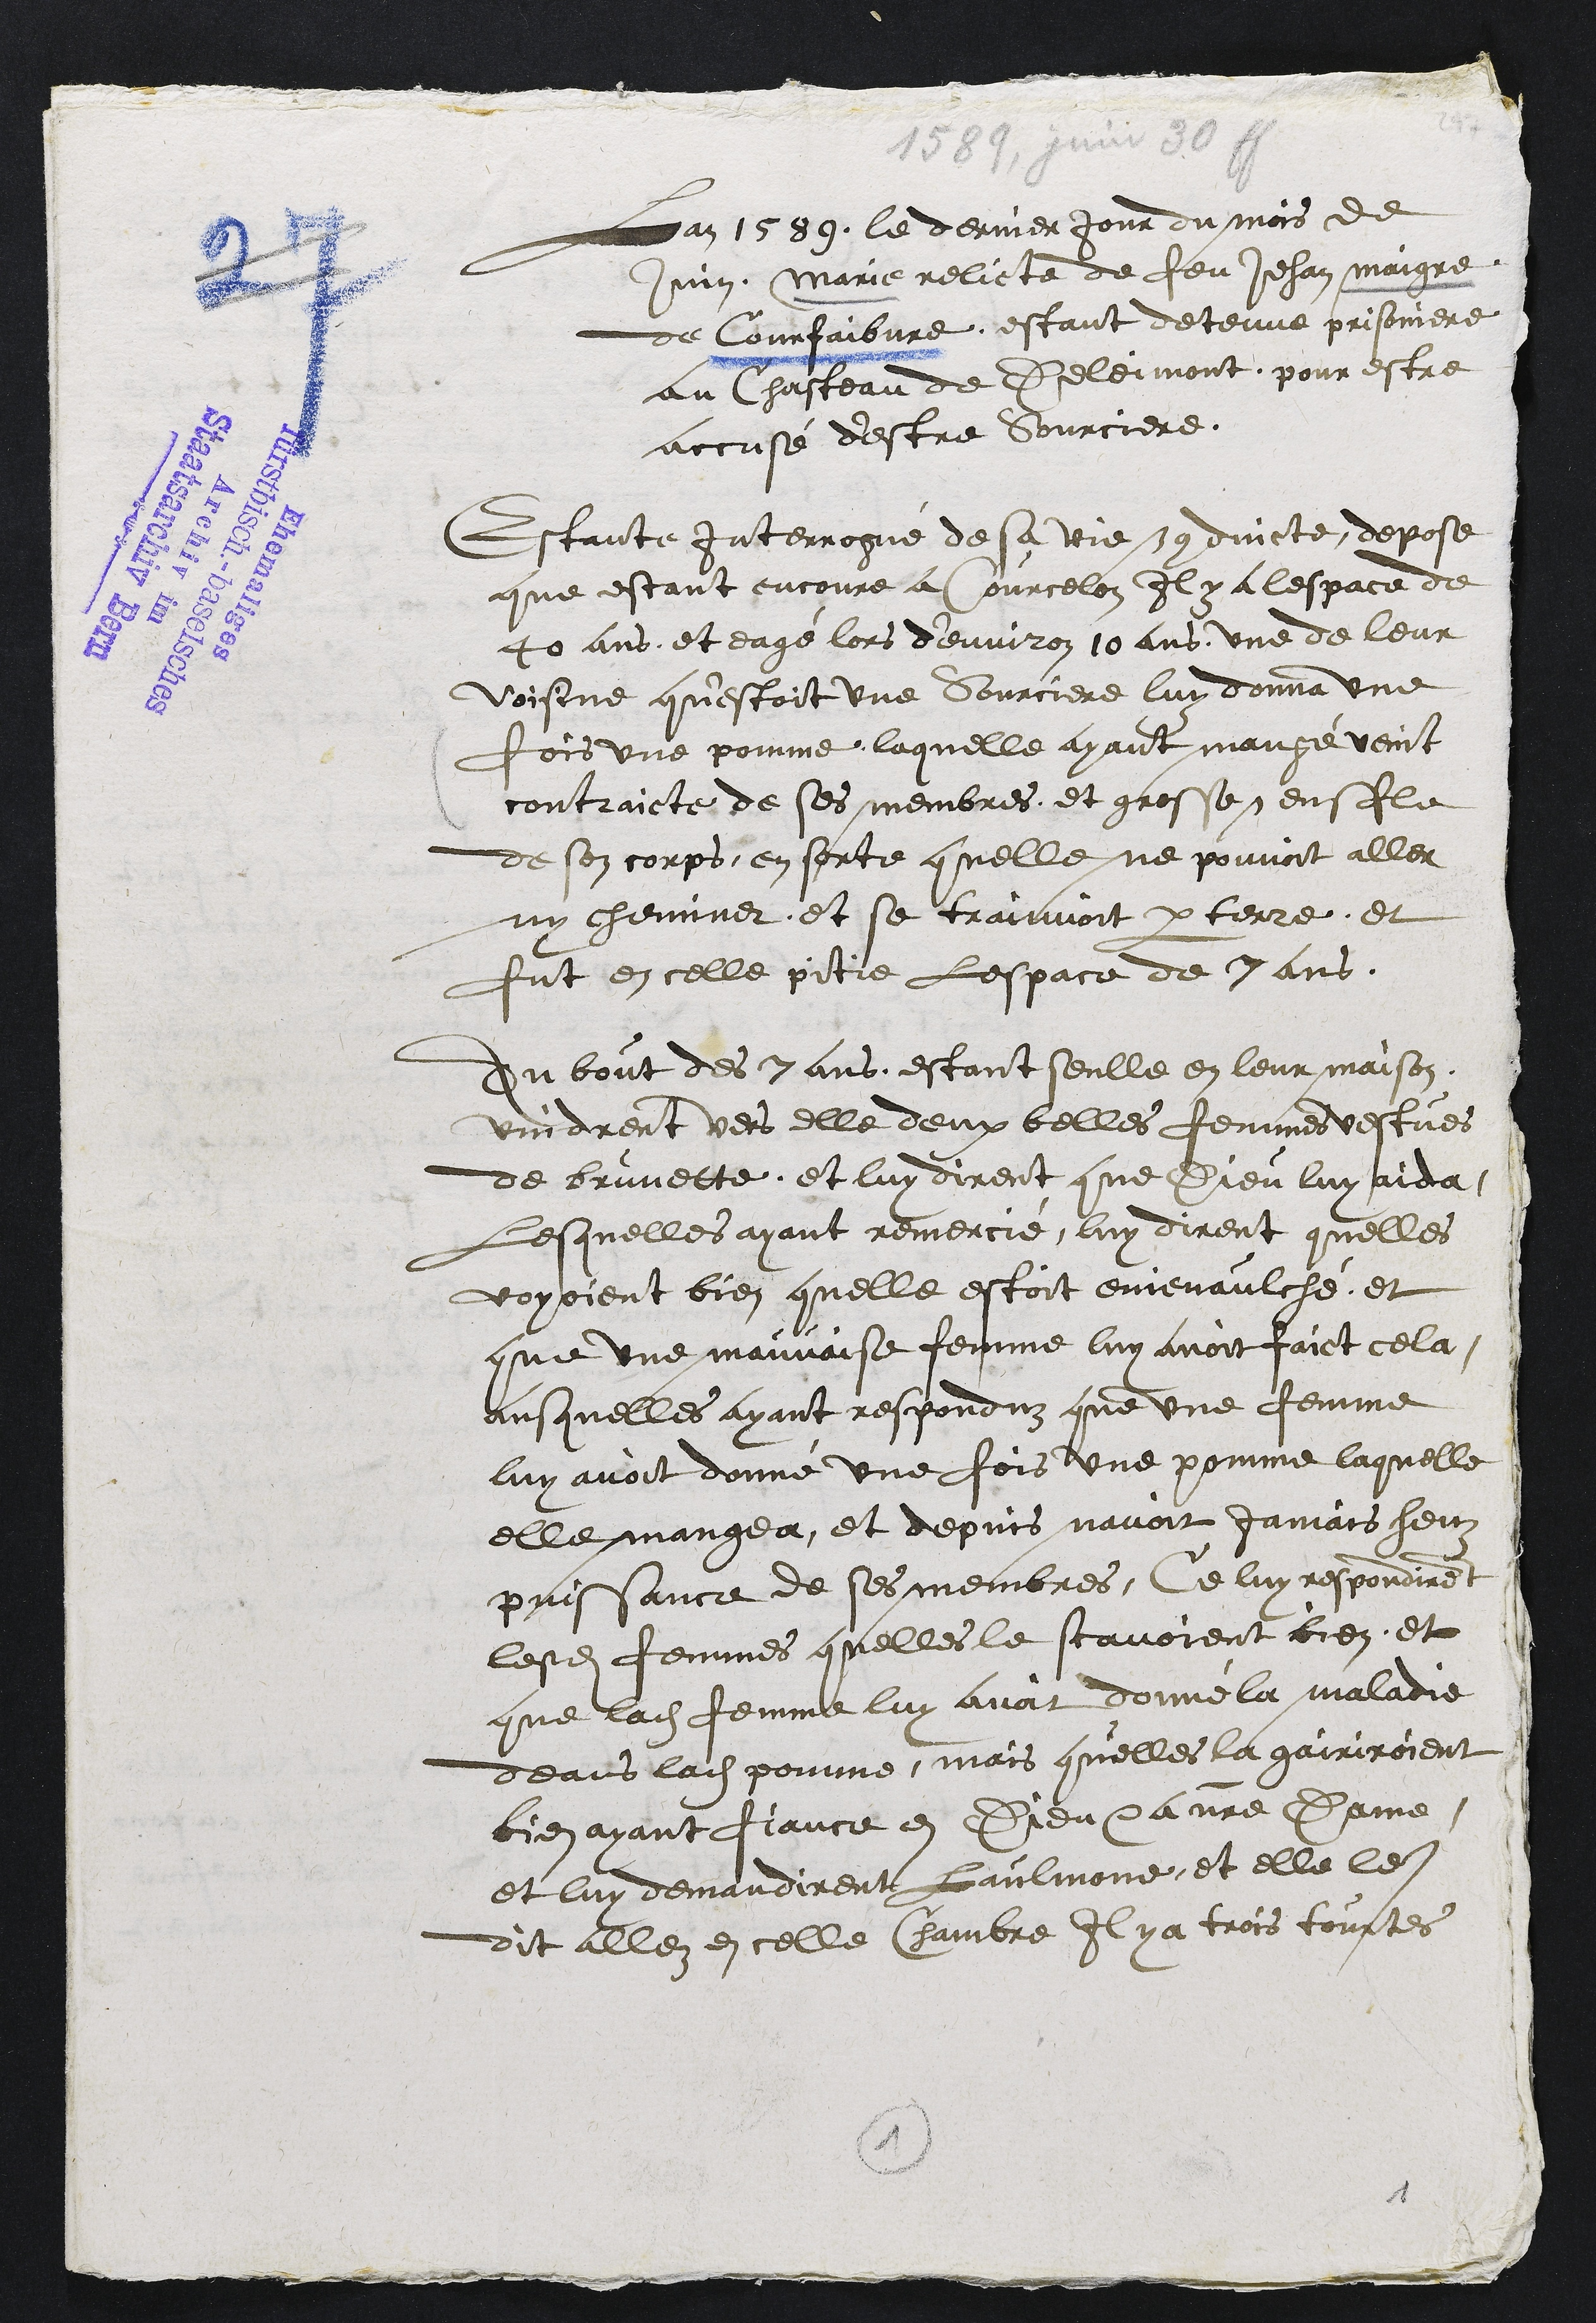
1589. Jun. 30 4.
Lan 1589, le dernier Jour du mois de
Juin Marie relicte de feu Jehan maigre,
de Courfaibvre, estant detenue prisonniere
au Chasteau de Belmont, pour estre
accusé destre sourciere.
Estante Interrogue de sa une condincte, depose
que estant encoure a surcelez Il y a lespace de
40 ans et eage lors denviron 10 ans, une de leur
voisine questoit une sourciere luy donna une
fois une pomme, laquelle ayant mange veint
contraicte de ses membres et grosses enfle
de son corps, en sorte quelle ne pouvoit aller
ny cheminer, et se traiavoit par terre et
fut en elle pitie lespace de 8 ans,
Du bont des 8 ans, estant selle en leur maison.
vindrent vers elle deux celles femmes vestues
de bruvette, et luy dirent que Dieu luy aida
Lesquelles ayant remercie, luy dirent quelles
voyoient bien quelle estoit menaulche, et
que une mauvaise femme luy avoit faict cela
ausquelles ayant responduz que une femme
luy avoit donné une fois une pomme laquelle
elle mangea, et depuis navoit jamais heu
panssance de ses membres, Ce luy respondirent
lesdites femmes quelles le scavoient bien et
que ladite femme luy avat donne la maladie
deans ladite pomme, mais quelles la gairiroient
bien ayant fiance en Dieu dane Dame,
et luy demandirent laulmone et elle le
dit allez dicelle Chambre Il y a trois toustes
1.
+